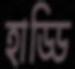
হাড্ডি